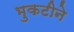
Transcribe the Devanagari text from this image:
भुकटीने